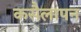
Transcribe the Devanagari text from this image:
कसैलापन